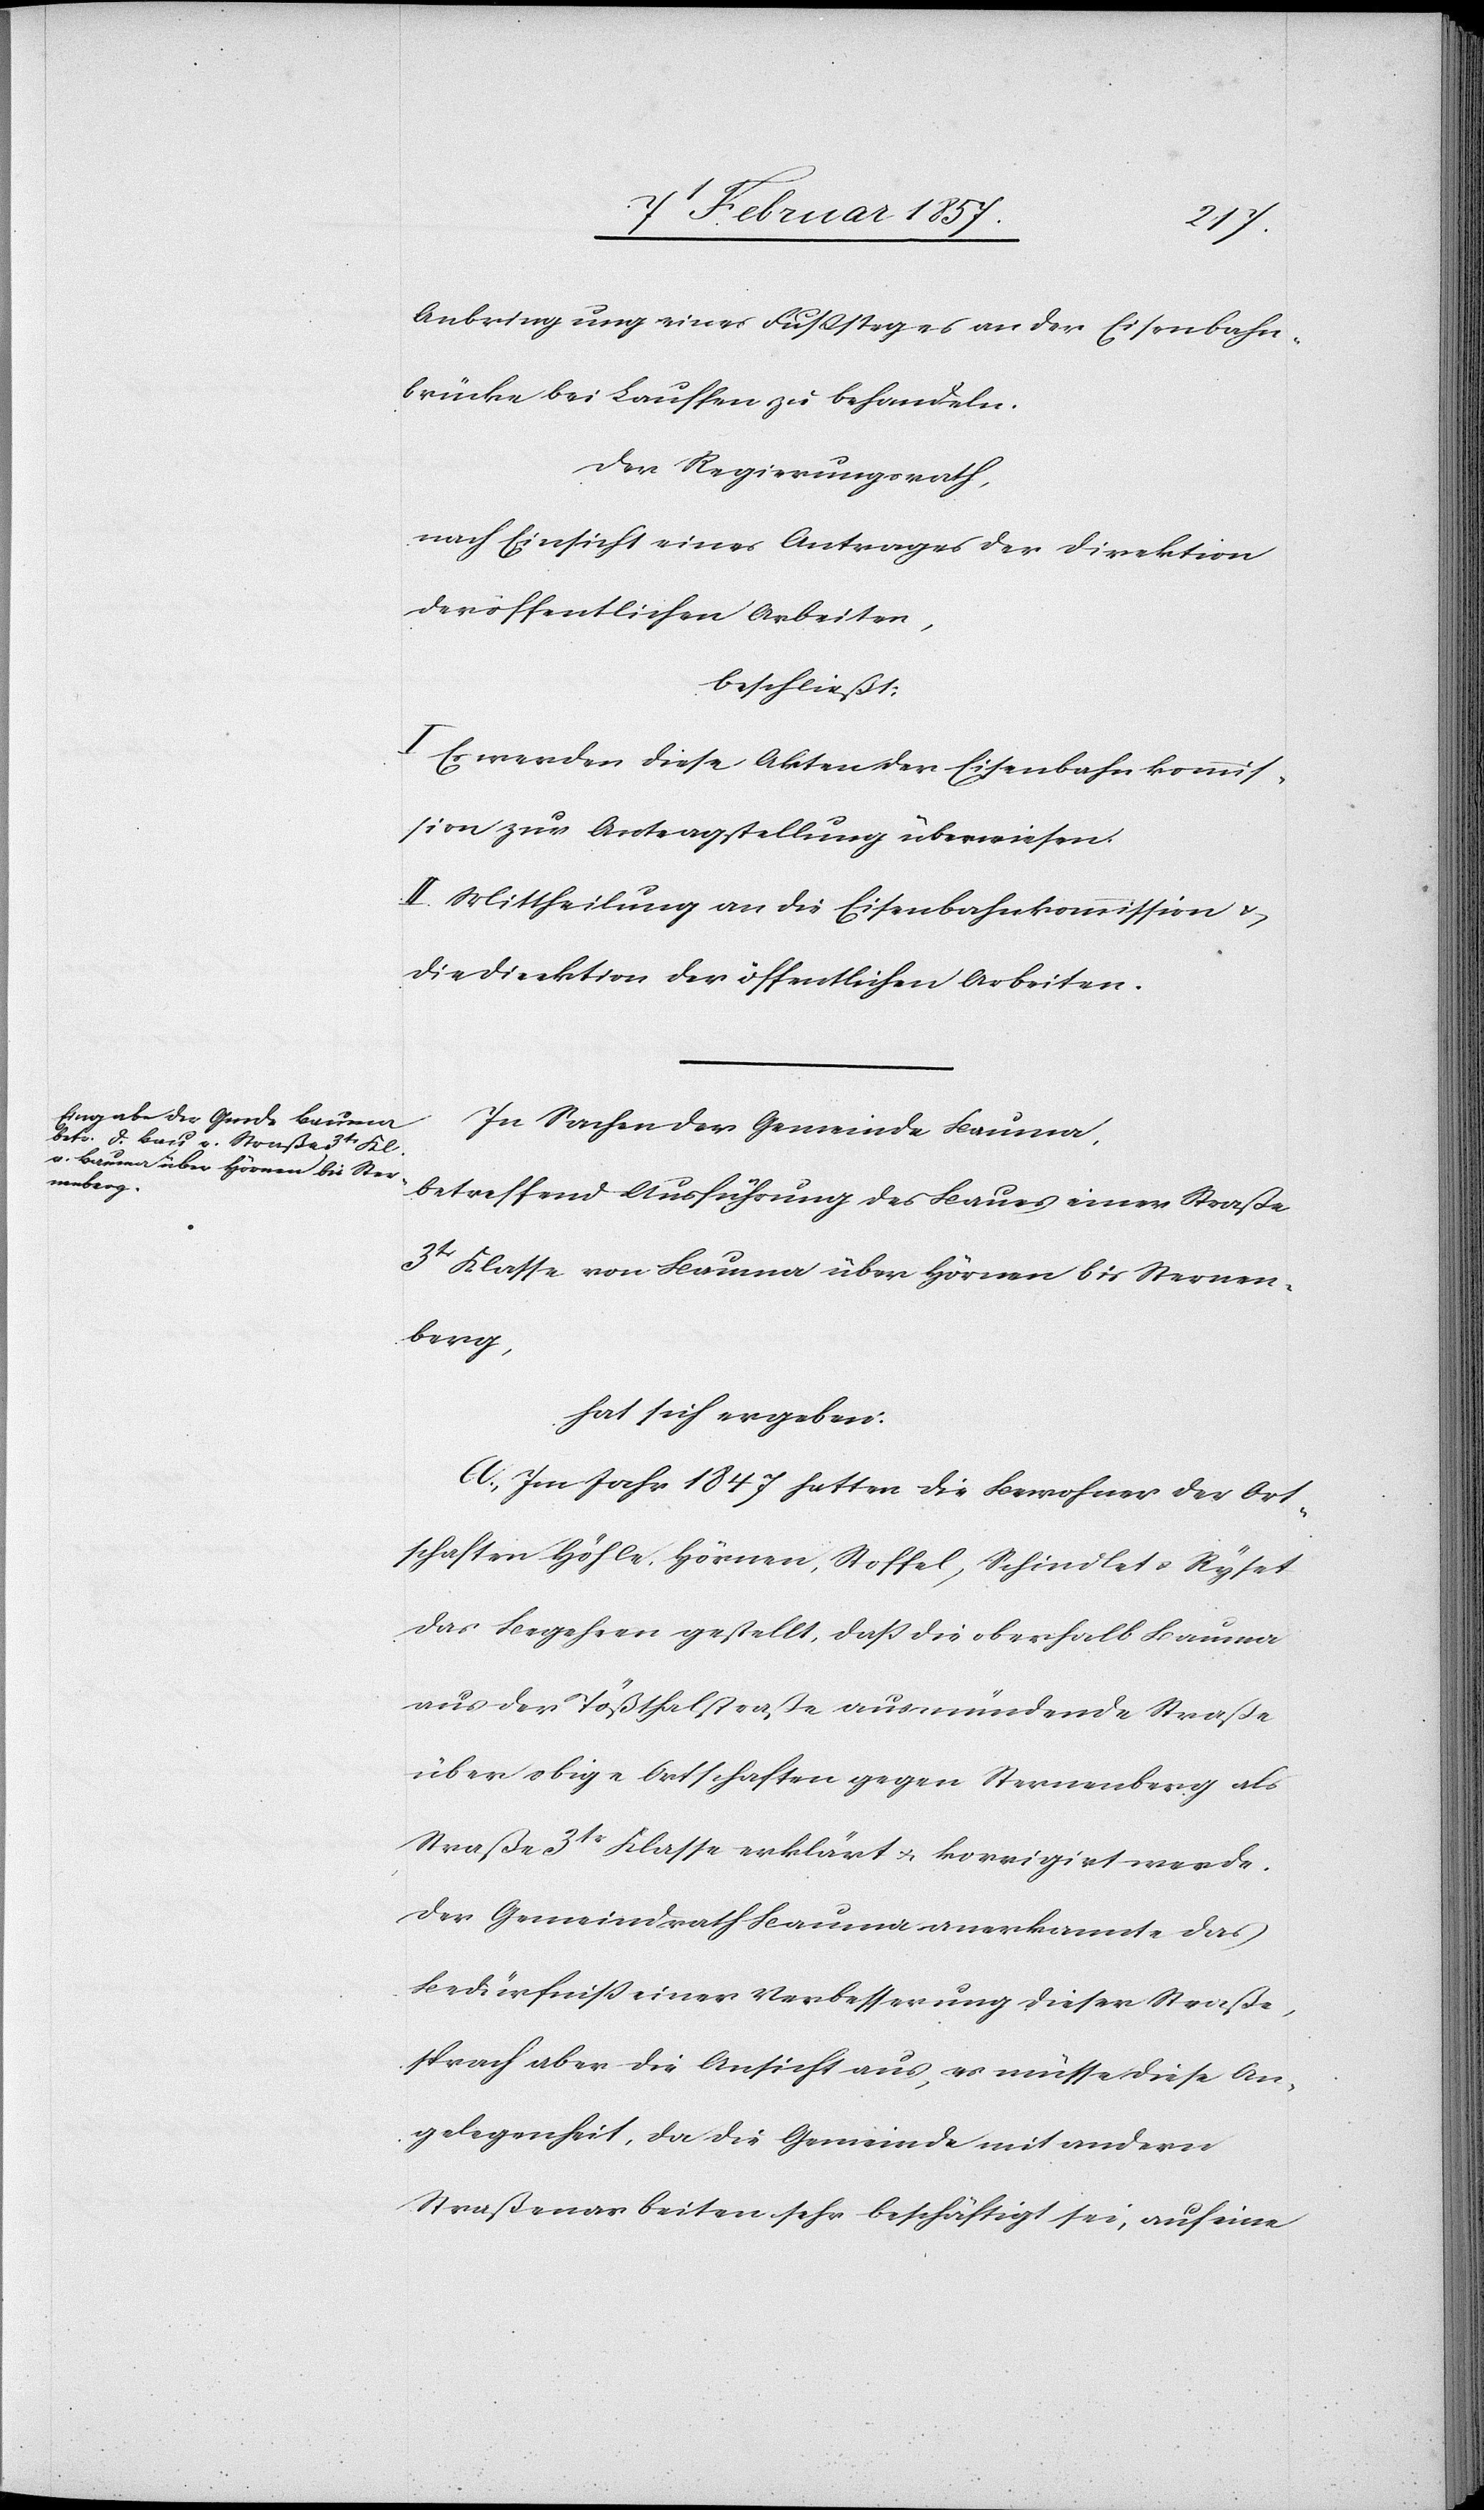
Anbringung eines Fußsteges an der Eisenbahn¬
brücke bei Lauffen zu behandeln.
Der Regierungsrath,
nach Einsicht eines Antrages der Direktion
der öffentlichen Arbeiten,
beschließt:
I. Es werden diese Akten der Eisenbahnkommis¬
sion zur Antragstellung überwiesen.
II. Mittheilung an die Eisenbahnkommission u.
die Direktion der öffentlichen Arbeiten.
In Sachen der Gemeinde Bauma,
betreffend Ausführung der Baues einer Straße
3tr Klasse von Bauma über Hörnen bis Sternen¬
berg,
hat sich ergeben:
A. Im Jahr 1847 hatten die Bewohner der Ort¬
schaften Höhle, Hörnen, Stoffel, Schindlet u. Ryset
das Begehren gestellt, daß die oberhalb Bauma
aus der Tößthalstraße ausmündende Straße
über obige Ortschaften gegen Sternenberg als
Straße 3tr Klasse erklärt u. korrigirt werde.
Der Gemeindrath Bauma anerkannte das
Bedürfniß einer Verbesserung dieser Straße,
sprach aber die Ansicht aus, es möchte diese An¬
gelegenheit, da die Gemeinde mit andern
Straßenarbeiten sehr beschäftigt sei, auf eine